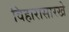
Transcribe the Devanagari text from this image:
विहारासारखे